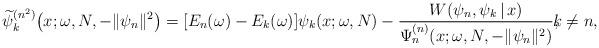
LaTeX: \begin{gather*} \widetilde{\psi }_{k}^{(n^{2})}\big(x;\omega ,N,- \Vert \psi _{n} \Vert ^{2}\big) = [ E_{n}(\omega )-E_{k}(\omega ) ] \psi _{k}(x;\omega,N) -\frac{W(\psi _{n},\psi _{k}\,|\, x)}{\Psi _{n}^{(n) }(x;\omega ,N,- \Vert \psi _{n} \Vert ^{2})},\!\!\! k\neq n,\end{gather*}